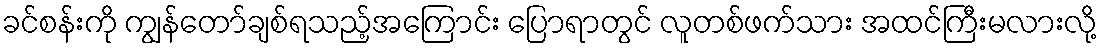
ခင်စန်းကို ကျွန်တော်ချစ်ရသည့်အကြောင်း ပြောရာတွင် လူတစ်ဖက်သား အထင်ကြီးမလားလို့